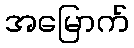
အမြောက်